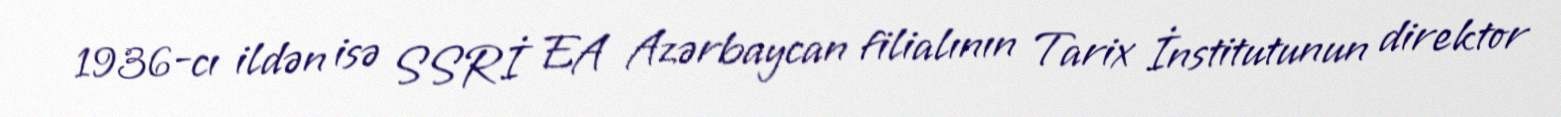
1936-cı ildən isə SSRİ EA Azərbaycan filialının Tarix İnstitutunun direktor